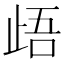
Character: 𭭢